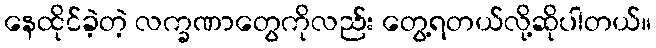
နေထိုင်ခဲ့တဲ့ လက္ခဏာတွေကိုလည်း တွေ့ရတယ်လို့ဆိုပါတယ်။